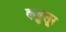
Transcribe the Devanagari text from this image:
कड्डलूर